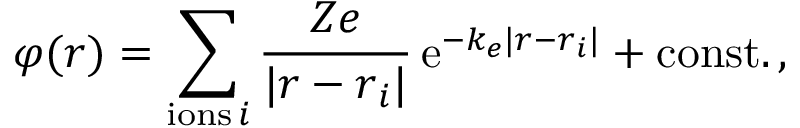
\varphi ( \boldsymbol { r } ) = \sum _ { \mathrm { i o n s } \, i } \frac { Z e } { | \boldsymbol { r } - \boldsymbol { r } _ { i } | } \, \mathrm { e } ^ { - k _ { e } | \boldsymbol { r } - \boldsymbol { r } _ { i } | } + \mathrm { c o n s t . } \, ,